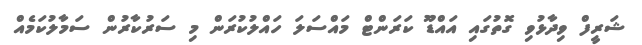
ޝަރީފް ވިދާޅުވި ގޮތުގައި އައްޑޫ ކަރަންޓް މައްސަލަ ހައްލުކުރަން މި ސަރުކާރުން ސަމާލުކަމެއް